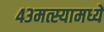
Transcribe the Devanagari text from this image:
४३मत्स्यामध्यें